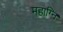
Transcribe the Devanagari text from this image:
महाग्नि